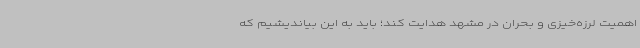
اهمیت لرزه‌خیزی و بحران در مشهد هدایت کند؛ باید به این بیاندیشیم که